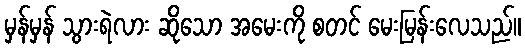
မှန်မှန် သွားရဲလား ဆိုသော အမေးကို စတင် မေးမြန်းလေသည်။